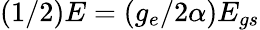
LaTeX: \left(1/2\right)E=\left(g_{e}/2\alpha\right)E_{gs}